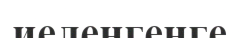
иеленгенге